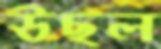
উছল